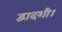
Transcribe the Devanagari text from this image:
द्वादशी।